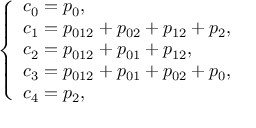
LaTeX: \begin{array} { r } { \left\{ { \begin{array} { l } { c _ { 0 } = p _ { 0 } , } \\ { c _ { 1 } = p _ { 0 1 2 } + p _ { 0 2 } + p _ { 1 2 } + p _ { 2 } , } \\ { c _ { 2 } = p _ { 0 1 2 } + p _ { 0 1 } + p _ { 1 2 } , } \\ { c _ { 3 } = p _ { 0 1 2 } + p _ { 0 1 } + p _ { 0 2 } + p _ { 0 } , } \\ { c _ { 4 } = p _ { 2 } , } \end{array} } \right. } \end{array}